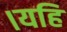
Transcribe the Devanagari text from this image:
।यहि